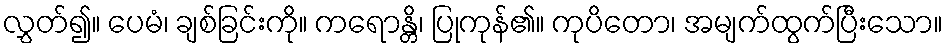
လွှတ်၍။ ပေမံ၊ ချစ်ခြင်းကို။ ကရောန္တိ၊ ပြုကုန်၏။ ကုပိတော၊ အမျက်ထွက်ပြီးသော။